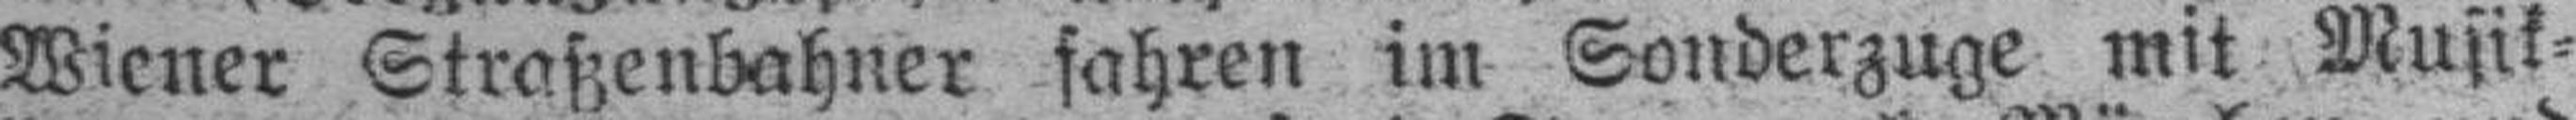
Wiener Straßenbahner fahren im Sonderzuge mit Musik¬